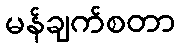
မန်ချက်စတာ